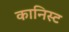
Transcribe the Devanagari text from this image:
कानिस्ट